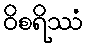
ဝိစရိဿံ